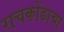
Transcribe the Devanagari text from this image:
राचकोंडाचा